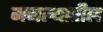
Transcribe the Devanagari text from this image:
मजल्यातील